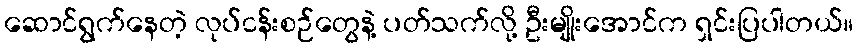
ဆောင်ရွက်နေတဲ့ လုပ်ငန်းစဉ်တွေနဲ့ ပတ်သက်လို့ ဦးမျိုးအောင်က ရှင်းပြပါတယ်။